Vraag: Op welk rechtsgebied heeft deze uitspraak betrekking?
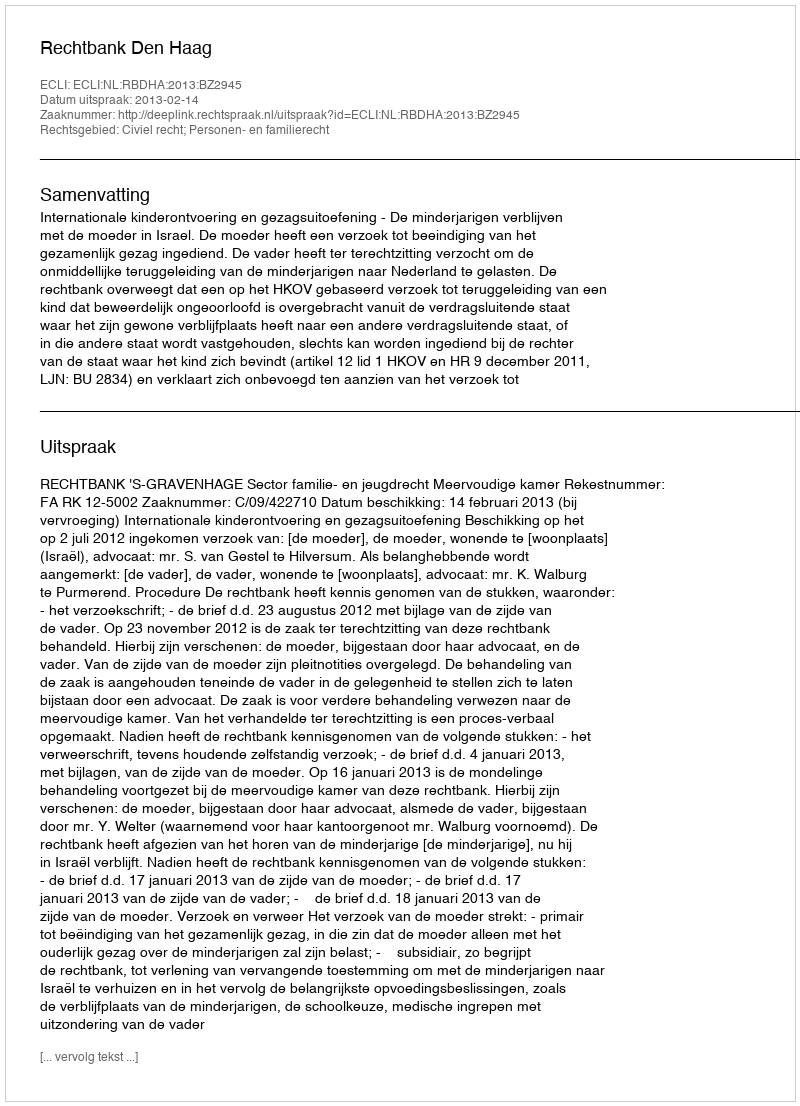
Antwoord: Civiel recht; Personen- en familierecht